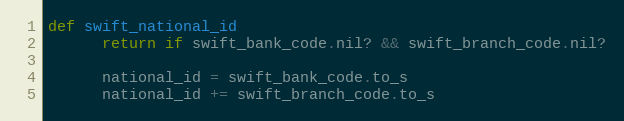
Language: Ruby
def swift_national_id
      return if swift_bank_code.nil? && swift_branch_code.nil?

      national_id = swift_bank_code.to_s
      national_id += swift_branch_code.to_s